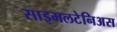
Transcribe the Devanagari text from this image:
साइमलटेनिअस